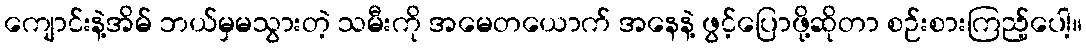
ကျောင်းနဲ့အိမ် ဘယ်မှမသွားတဲ့ သမီးကို အမေတယောက် အနေနဲ့ ဖွင့်ပြောဖို့ဆိုတာ စဉ်းစားကြည့်ပေါ့။